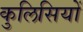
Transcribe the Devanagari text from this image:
कुलिसियों